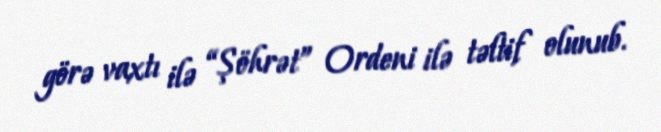
görə vaxtı ilə “Şöhrət” Ordeni ilə təltif olunub.